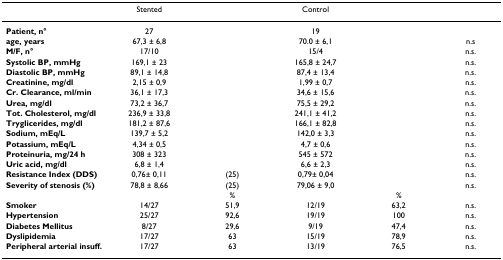
<table><thead><tr><td></td><td><b>Stented</b></td><td></td><td><b>Control</b></td><td></td><td></td></tr></thead><tbody><tr><td><b>Patient, n°</b></td><td>27</td><td></td><td>19</td><td></td><td></td></tr><tr><td><b>age, years</b></td><td>67,3 ± 6,8</td><td></td><td>70.0 ± 6,1</td><td></td><td>n.s</td></tr><tr><td><b>M/F, n°</b></td><td>17/10</td><td></td><td>15/4</td><td></td><td>n.s.</td></tr><tr><td><b>Systolic BP, mmHg</b></td><td>169,1 ± 23</td><td></td><td>165,8 ± 24,7</td><td></td><td>n.s.</td></tr><tr><td><b>Diastolic BP, mmHg</b></td><td>89,1 ± 14,8</td><td></td><td>87,4 ± 13,4</td><td></td><td>n.s.</td></tr><tr><td><b>Creatinine, mg/dl</b></td><td>2,15 ± 0,9</td><td></td><td>1,99 ± 0,7</td><td></td><td>n.s.</td></tr><tr><td><b>Cr. Clearance, ml/min</b></td><td>36,1 ± 17,3</td><td></td><td>34,6 ± 15,6</td><td></td><td>n.s.</td></tr><tr><td><b>Urea, mg/dl</b></td><td>73,2 ± 36,7</td><td></td><td>75,5 ± 29,2</td><td></td><td>n.s.</td></tr><tr><td><b>Tot. Cholesterol, mg/dl</b></td><td>236,9 ± 33,8</td><td></td><td>241,1 ± 41,2</td><td></td><td>n.s.</td></tr><tr><td><b>Tryglicerides, mg/dl</b></td><td>181,2 ± 87,6</td><td></td><td>166,1 ± 82,8</td><td></td><td>n.s.</td></tr><tr><td><b>Sodium, mEq/L</b></td><td>139,7 ± 5,2</td><td></td><td>142,0 ± 3,3</td><td></td><td>n.s.</td></tr><tr><td><b>Potassium, mEq/L</b></td><td>4,34 ± 0,5</td><td></td><td>4,7 ± 0,6</td><td></td><td>n.s.</td></tr><tr><td><b>Proteinuria, mg/24 h</b></td><td>308 ± 323</td><td></td><td>545 ± 572</td><td></td><td>n.s.</td></tr><tr><td><b>Uric acid, mg/dl</b></td><td>6,8 ± 1,4</td><td></td><td>6,6 ± 2,3</td><td></td><td>n.s.</td></tr><tr><td><b>Resistance Index (DDS)</b></td><td>0,76± 0,11</td><td>(25)</td><td>0,79± 0,04</td><td></td><td>n.s.</td></tr><tr><td><b>Severity of stenosis (%)</b></td><td>78,8 ± 8,66</td><td>(25)</td><td>79,06 ± 9,0</td><td></td><td>n.s.</td></tr><tr><td></td><td></td><td>%</td><td></td><td>%</td><td></td></tr><tr><td><b>Smoker</b></td><td>14/27</td><td>51,9</td><td>12/19</td><td>63,2</td><td>n.s.</td></tr><tr><td><b>Hypertension</b></td><td>25/27</td><td>92,6</td><td>19/19</td><td>100</td><td>n.s.</td></tr><tr><td><b>Diabetes Mellitus</b></td><td>8/27</td><td>29,6</td><td>9/19</td><td>47,4</td><td>n.s.</td></tr><tr><td><b>Dyslipidemia</b></td><td>17/27</td><td>63</td><td>15/19</td><td>78,9</td><td>n.s.</td></tr><tr><td><b>Peripheral arterial insuff.</b></td><td>17/27</td><td>63</td><td>13/19</td><td>76,5</td><td>n.s.</td></tr></tbody></table>